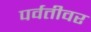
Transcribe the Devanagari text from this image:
पर्वतीवर